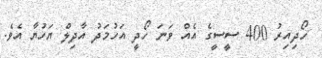
ހޯދިއިރު 400 ސީސީގެ އެއް ވަނަ ހޯދީ އަހުމަދު އާދިލް ޔަހުޔާ އެވެ.